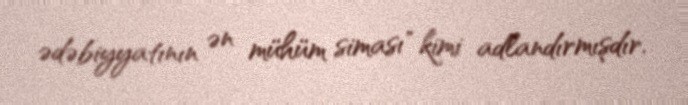
ədəbiyyatının ən mühüm siması" kimi adlandırmışdır.